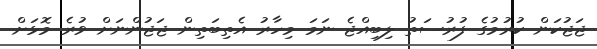
ޖަޖުކަން ކުރުމުގެ ފުރުސަތު ލިބިއްޖެ ނަމަ މިހާރު އެތިބަތިން ޖަޖުންނަށް ވުރެ މޮޅަށް